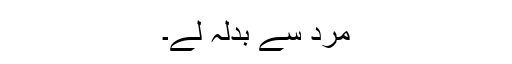
مرد سے بدلہ لے۔